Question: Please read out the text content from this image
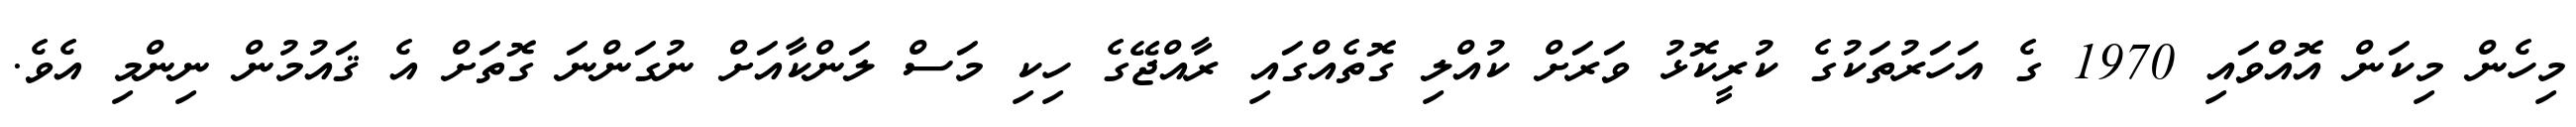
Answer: މިހެން މިކަން އޮއްވައި 1970 ގެ އަހަރުތަކުގެ ކުރީކޮޅު ވަރަށް ކުއްލި ގޮތެއްގައި ރާއްޖޭގެ ހިކި މަސް ލަންކާއަށް ނުގަންނަ ގޮތަށް އެ ޤައުމުން ނިންމި އެވެ.